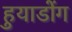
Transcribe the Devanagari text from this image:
हुयाडोंग